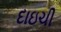
દાઇચી